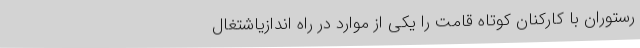
رستوران با کارکنان کوتاه قامت را یکی از موارد در راه اندازیاشتغال